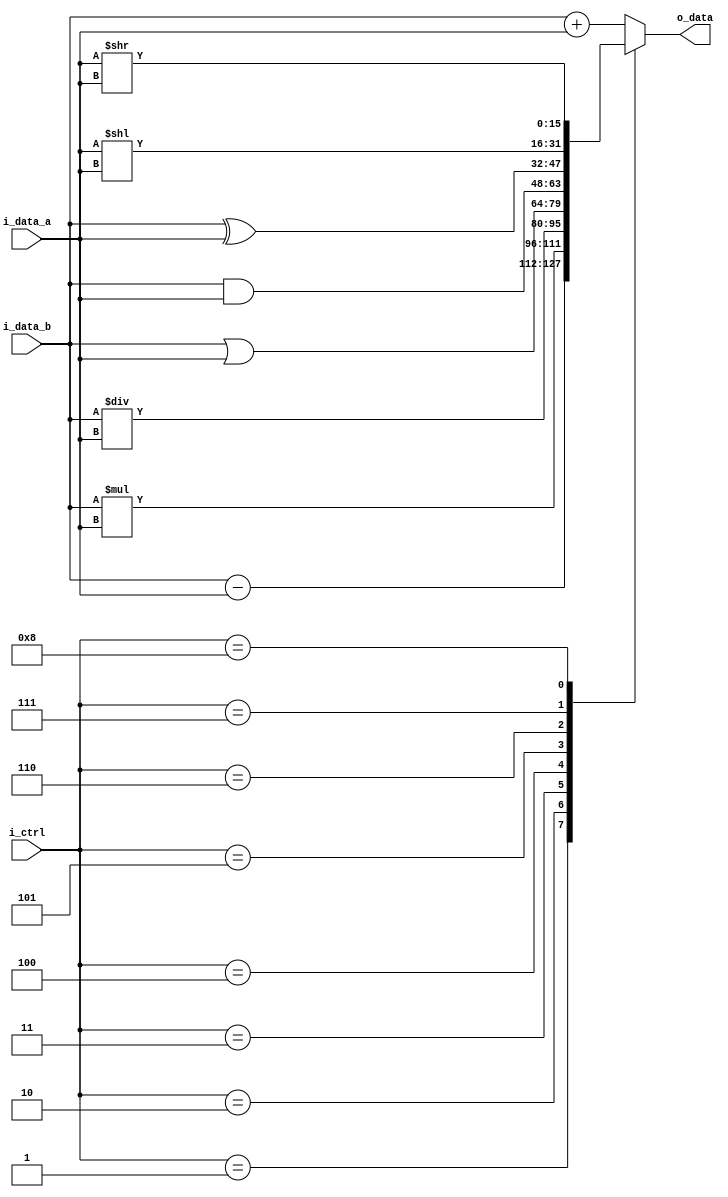
module Z16ALU(i_data_a, i_data_b, i_ctrl, o_data);
    input wire [15:0] i_data_a; // 1
    input wire [15:0] i_data_b; // 2
    input wire [3:0] i_ctrl; // 
    output wire [15:0] o_data; // 

    assign o_data = alu(i_data_a, i_data_b, i_ctrl);

    function [15:0] alu;
        input [15:0]    i_data_a;
        input [15:0]    i_data_b;
        input [3:0]     i_ctrl;

        begin
            case(i_ctrl)
                4'h0 : alu  = i_data_b + i_data_a;
                4'h1 : alu  = i_data_b - i_data_a;
                4'h2 : alu  = i_data_b * i_data_a;
                4'h3 : alu  = i_data_b / i_data_a;
                4'h4 : alu  = i_data_b | i_data_a;
                4'h5 : alu  = i_data_b & i_data_a;
                4'h6 : alu  = i_data_b ^ i_data_a;
                4'h7 : alu  = i_data_a << i_data_a;
                4'h8 : alu  = i_data_a >> i_data_a;
                // 
                default: alu = i_data_b + i_data_a;
            endcase
        end
    endfunction

endmodule